system: You are a helpful assistant.
user:
Analyze the provided spectrum to determine if it is a **Carbon Star (C-type)**.

- **Key Visual Indicators of Carbon Star:**
    - **(Primary):** Strong molecular absorption from **C₂ (diatomic carbon) "Swan Bands."** This is the **defining feature** of a carbon star.
        - **(Key Bandheads):** Sharp absorption edges are visible at approximately $5635$ Å, $5165$ Å (the strongest band), and $4737$ Å.
        - **(Line Profile):** Creates a distinct **"saw-tooth"** pattern. The key morphology is a sharp, steep bandhead on the **red (long-wavelength) side**, which then gradually tapers off (i.e., flux recovers) towards the **blue (short-wavelength) side**. *(This is the direct opposite of the TiO bands seen in M-type stars)*.

    - **(Secondary):** Intense **CN (cyanogen)** molecular absorption bands.
        - **(Key Bandheads):** Located in the blue and violet regions of the spectrum (e.g., near $4215$ Å and $3883$ Å).
        - **(Morphology):** These bands are extremely broad and act as a "blanket," absorbing the vast majority of blue and violet light. This creates a characteristic **"cliff"** or **"steep drop-off"** in the spectrum's flux at short wavelengths.

    - **(Key Confirmation):** Strong **CH absorption band (G-band)**.
        - **(Key Bandhead):** Located around $4300$ Å. The contribution from CH molecules to this band is exceptionally strong.

    - **(Overall Spectrum):**
        - The continuum is severely "chopped up" by these deep molecular bands, especially C₂, rather than appearing as a smooth curve.
        - Due to the heavy CN and C₂ absorption in the blue-green, the vast majority of the star's flux is concentrated in the red part of the spectrum, giving the star its characteristic deep red color.

Think first, call **spectral_visualization_tool** if needed to examine features in detail, then provide your final answer. Your response must adhere to the following strict rules:
1.  **Overall Structure:** Your response must follow the format `<think>...</think> <tool_call>...</tool_call> (if a tool is used) <answer>...</answer>`.
2.  **Tool Usage Constraint:** You may only make **one** tool call per turn.
3.  **Final Answer Format:** In the `<answer>` tag, your conclusion must be inside a `\boxed{}` command (e.g., `\boxed{YES}`), followed by your justification.

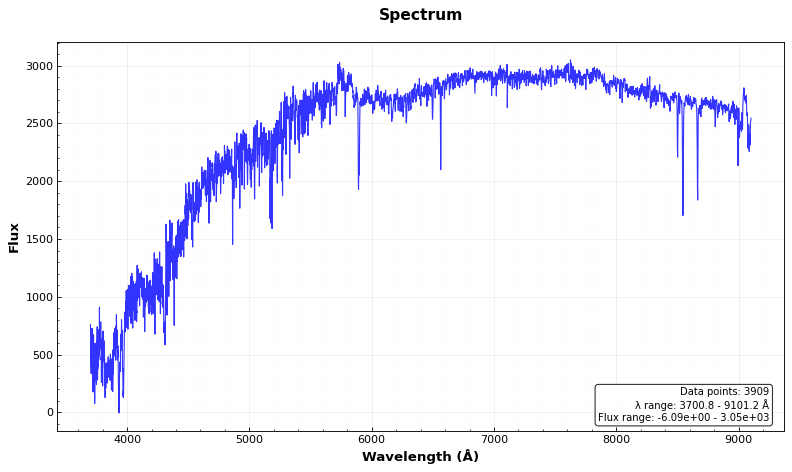
Answer: NO